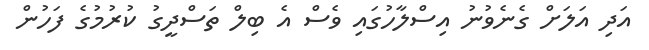
އަދި އަލަށް ގެނެވުނު އިސްލާހުގައި ވެސް އެ ބިލް ތަސްދީގު ކުރުމުގެ ފަހުން